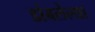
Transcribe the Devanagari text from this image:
डांबलेल्या